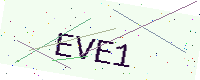
Text: EVE1